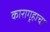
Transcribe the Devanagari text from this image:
कारागृहाचा